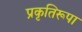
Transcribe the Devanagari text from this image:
प्रकृतिरूपा